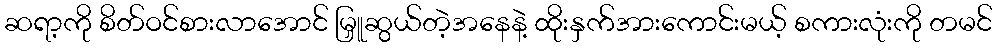
ဆရာ့ကို စိတ်ဝင်စားလာအောင် မြှူဆွယ်တဲ့အနေနဲ့ ထိုးနှက်အားကောင်းမယ့် စကားလုံးကို တမင်